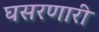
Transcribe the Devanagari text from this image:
घसरणारी